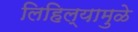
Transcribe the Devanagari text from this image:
लिहिल्यामुळे